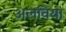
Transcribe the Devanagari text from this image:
अलविया